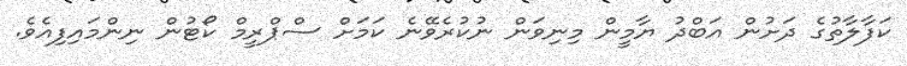
ކަފާލާތުގެ ދަށުން އަބްދު ޔާމީން މިނިވަން ނުކުރެވޭނެ ކަމަށް ސްޕްރީމް ކޯޓުން ނިންމައިފިއެވެ.